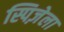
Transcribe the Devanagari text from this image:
स्पिज़ेला